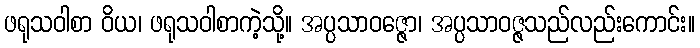
ဖရုသဝါစာ ဝိယ၊ ဖရုသဝါစာကဲ့သို့။ အပ္ပသာဝဇ္ဇော၊ အပ္ပသာဝဇ္ဇသည်လည်းကောင်း။